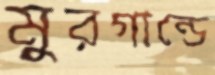
মুরগান্ডে